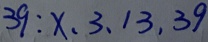
3 9 : x , 3 , 1 3 , 3 9